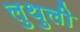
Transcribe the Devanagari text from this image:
लुथुली